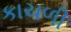
કાચળી